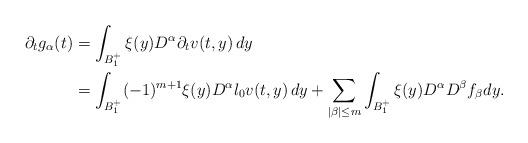
LaTeX: \begin{align*}\partial_tg_\alpha(t)&=\int_{B^+_1}\xi(y)D^\alpha\partial_t {v}(t,y)\,dy\\&=\int_{B^+_1}(-1)^{m+1}\xi(y)D^\alpha\l_0{v}(t,y)\,dy+\sum_{|\beta|\le m}\int_{B^+_1}\xi(y)D^\alpha D^\beta f_\beta dy.\end{align*}